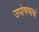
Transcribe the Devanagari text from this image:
उपोषणाचं